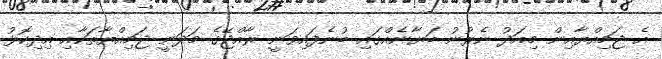
އެ ޖަމިއްޔާއިން މިއަދު ނެރުނު ބަޔާނެއްގައި ބުނެފައިވަނީ ރާއްޖޭގެ މަދަނީ ޖަމިއްޔާތަކާއި އިދިކޮޅު